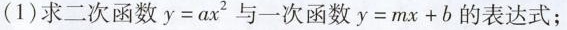
(1) 求二次函数 $$y = a x ^ { 2 } 与一次函数$$y = m x + b$$ 的表达式；